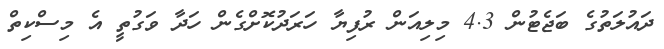
ދައުލަތުގެ ބަޖެޓުން 4.3 މިލިއަން ރުފިޔާ ހަރަދުކޮށްގެން ހަދާ ވަގުތީ އެ މިސްކިތް